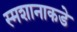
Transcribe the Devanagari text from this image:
स्मशानाकडे